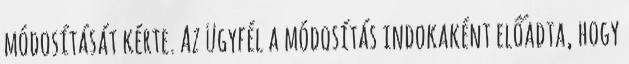
módosítását kérte. Az ügyfél a módosítás indokaként előadta, hogy